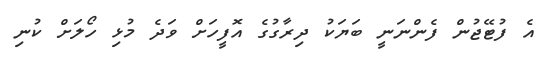
އެ ފުޓޭޖުން ފެންނަނީ ބަޔަކު ދިރާގުގެ އޮފީހަށް ވަދެ މުޅި ހޯލަށް ކުނި